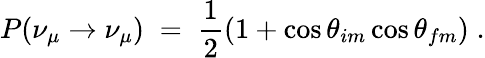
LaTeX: P(\nu_{\mu}\rightarrow\nu_{\mu})\; =\; \frac{1}{2}(1+\cos{{\theta}_{im}}\cos{{\theta}_{fm}})\; .